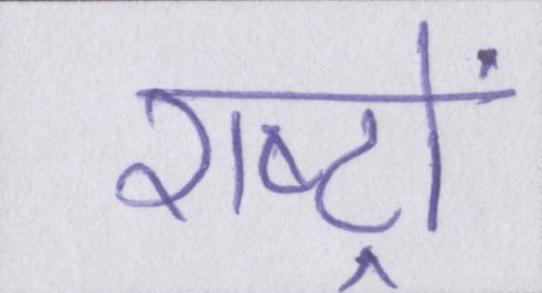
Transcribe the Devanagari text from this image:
राष्ट्रों